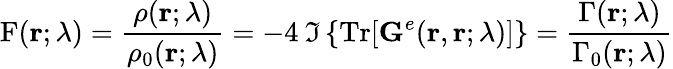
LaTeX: \mathrm{F}(\mathbf{r};\lambda)=\frac{\rho(\mathbf{r};\lambda)}{\rho_{0}(\mathbf{r};\lambda)}=-4\: \Im\left\{ \mathrm{Tr}[\boldsymbol{\mathrm{G}}^{e}(\mathbf{r},\mathbf{r};\lambda)]\right\} =\frac{\Gamma(\mathbf{r};\lambda)}{\Gamma_{0}(\mathbf{r};\lambda)}